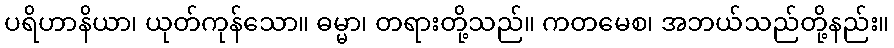
ပရိဟာနိယာ၊ ယုတ်ကုန်သော။ ဓမ္မာ၊ တရားတို့သည်။ ကတမေစ၊ အဘယ်သည်တို့နည်း။